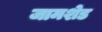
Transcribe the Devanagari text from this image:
जामशेड